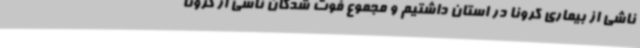
ناشی از بیماری کرونا در استان داشتیم و مجموع فوت شدگان ناشی از کرونا